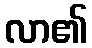
လာ၏